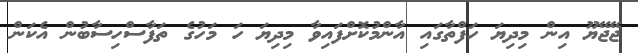
ޖޭޖޭޔޫ އިން މިދިޔަ ހަފްތާގައި އާންމުކޮށްފައިވާ މިދިޔަ ހަ މަހުގެ ތަފާސްހިސާބުން އެކަން